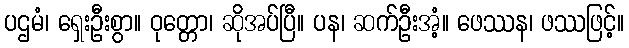
ပဌမံ၊ ရှေးဦးစွာ။ ဝုတ္တော၊ ဆိုအပ်ပြီ။ ပန၊ ဆက်ဦးအံ့။ ဖေဿန၊ ဖဿဖြင့်။